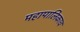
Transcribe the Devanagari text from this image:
महापालिकाच